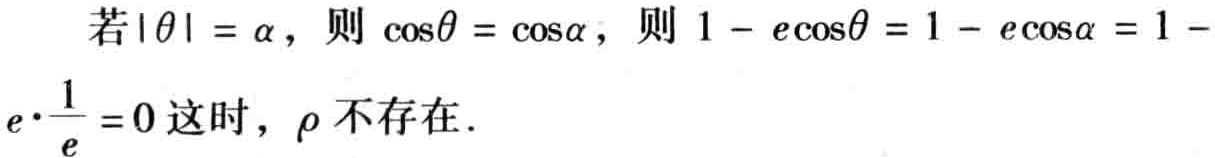
若\(|\theta| = \alpha\)，则\(\cos\theta = \cos\alpha\)，则\(1 - e\cos\theta = 1 - e\cos\alpha = 1 - e\cdot\frac{1}{e}=0\)这时，\(\rho\)不存在.